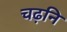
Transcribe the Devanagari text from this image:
चढ़नि